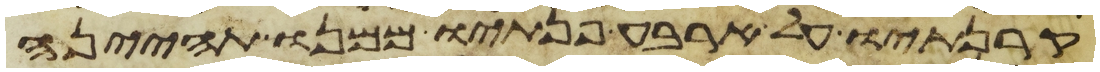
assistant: קרנתיו על ארבע פנתיו ממנו תהינה